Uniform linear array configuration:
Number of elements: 32
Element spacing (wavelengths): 1
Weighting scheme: exponential
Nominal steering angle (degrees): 45
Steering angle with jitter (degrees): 44.14
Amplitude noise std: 0.05
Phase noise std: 0.05

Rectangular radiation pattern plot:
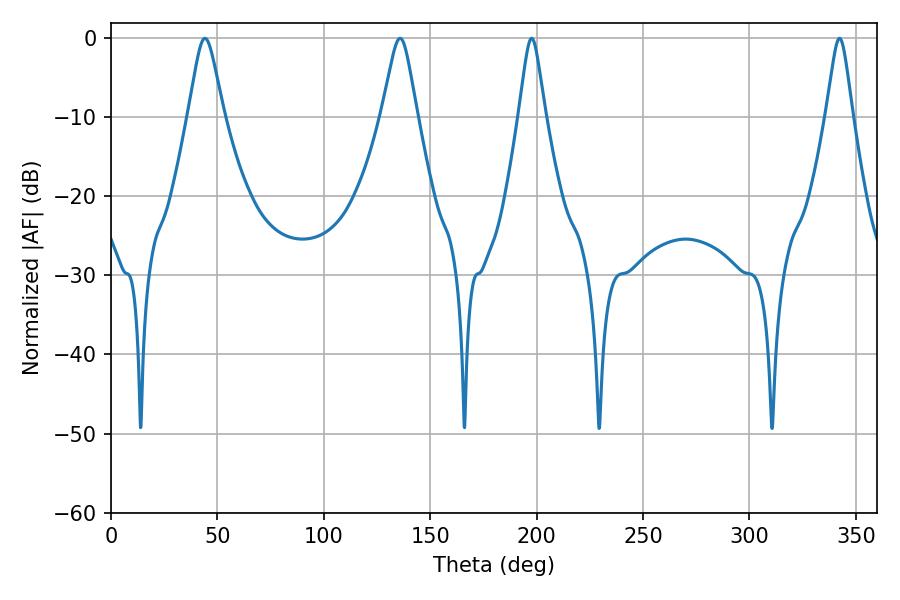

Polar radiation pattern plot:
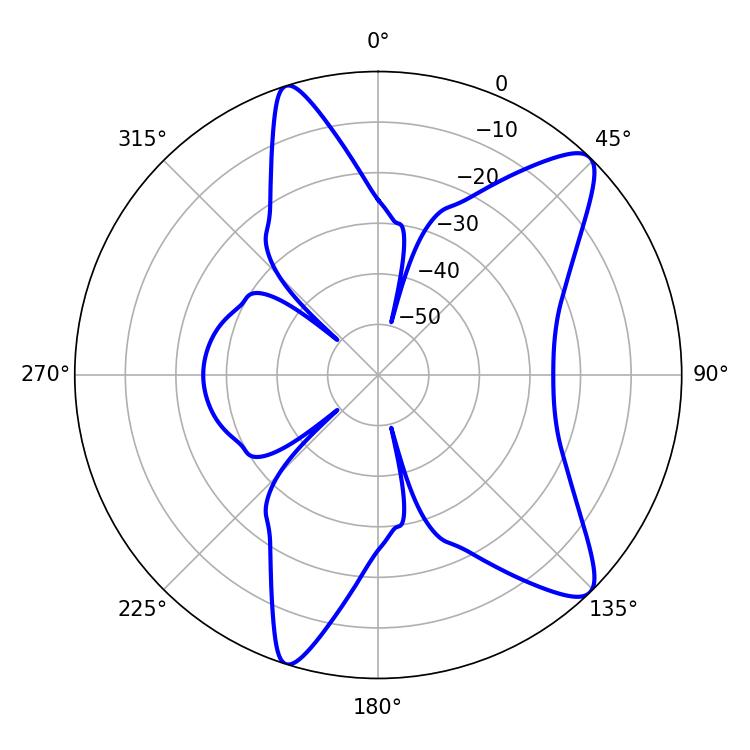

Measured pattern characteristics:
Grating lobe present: TRUE
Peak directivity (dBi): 10.918
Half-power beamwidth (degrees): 5.94
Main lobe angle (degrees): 197.64